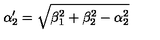
\alpha _ { 2 } ^ { \prime } = \sqrt { \beta _ { 1 } ^ { 2 } + \beta _ { 2 } ^ { 2 } - \alpha _ { 2 } ^ { 2 } }